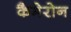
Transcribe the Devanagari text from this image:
कैमेरोन